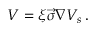
V = \xi \vec { \sigma } \nabla V _ { s } \, .